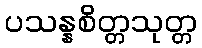
ပသန္နစိတ္တသုတ္တ